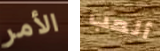
الأمر ألعب